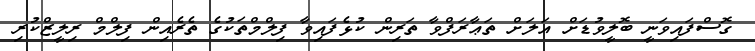
ގޮސްފައިވަނީ ބޮލީވުޑަށް އަލަށް ތަޢާރަފްވާ ތަރިން ކުޅެފައިވާ ފިލްމްތަކުގެ ތެރެއިން ފިލްމް ރިލީޒްކުރި